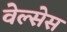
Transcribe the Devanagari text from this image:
वेल्सेस